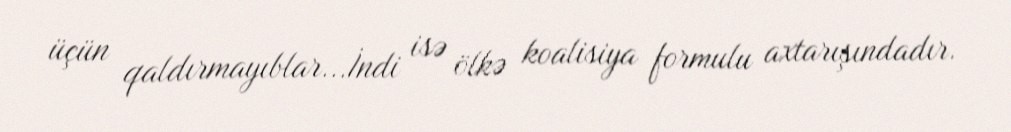
üçün qaldırmayıblar...İndi isə ölkə koalisiya formulu axtarışındadır.